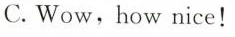
C.Wow,how nice!